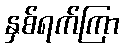
နှစ်ရက်ကြာ